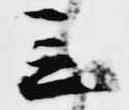
立